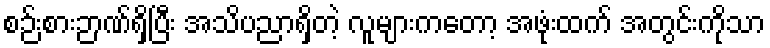
စဉ်းစားဉာဏ်ရှိပြီး အသိပညာရှိတဲ့ လူများကတော့ အဖုံးထက် အတွင်းကိုသာ